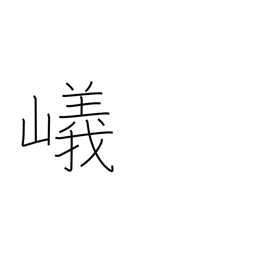
Meaning: steep